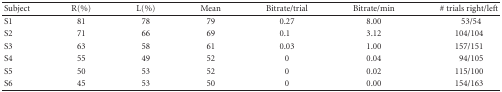
| Subject | R(%) | L(%) | Mean | Bitrate/trial | Bitrate/min | # trials right/left |
 | --- | --- | --- | --- | --- | --- | --- |
 | S1 | 81 | 78 | 79 | 0.27 | 8.00 | 53/54 |
 | S2 | 71 | 66 | 69 | 0.1 | 3.12 | 104/104 |
 | S3 | 63 | 58 | 61 | 0.03 | 1.00 | 157/151 |
 | S4 | 55 | 49 | 52 | 0 | 0.04 | 94/105 |
 | S5 | 50 | 53 | 52 | 0 | 0.02 | 115/100 |
 | S6 | 45 | 53 | 50 | 0 | 0.00 | 154/163 |